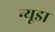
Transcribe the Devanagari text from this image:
न्यूडा